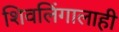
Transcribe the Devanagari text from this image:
शिवलिंगालाही